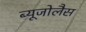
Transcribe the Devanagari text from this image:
ब्यूजोलैस